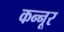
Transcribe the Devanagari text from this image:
कन्‍नूर